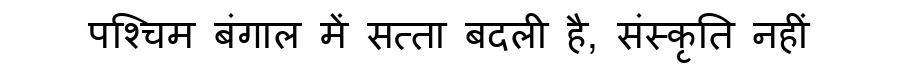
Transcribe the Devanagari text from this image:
पश्चिम बंगाल में सत्ता बदली है, संस्कृति नहीं